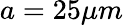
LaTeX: a=25\mu m